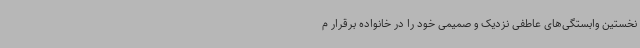
نخستین وابستگی‌های عاطفی نزدیک و صمیمی خود را در خانواده برقرار م